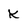
Character: K